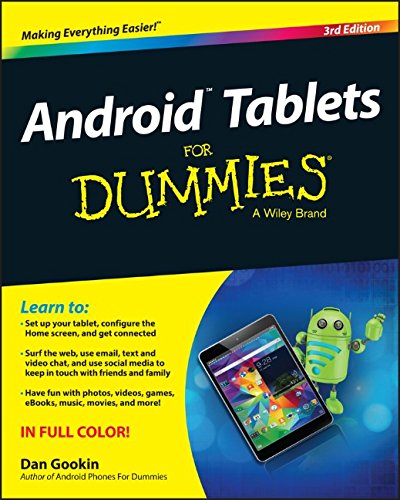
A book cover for Android Tablets For Dummies; Dan Gookin; Computers & Technology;